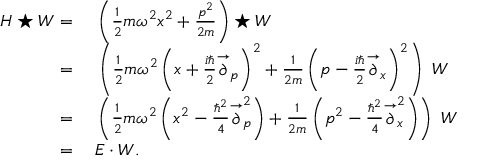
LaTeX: \begin{array} { r l } { H \star W = { } } & { { } \left( { \frac { 1 } { 2 } } m \omega ^ { 2 } x ^ { 2 } + { \frac { p ^ { 2 } } { 2 m } } \right) \star W } \\ { = { } } & { { } \left( { \frac { 1 } { 2 } } m \omega ^ { 2 } \left( x + { \frac { i \hbar } { 2 } } { \stackrel { \rightarrow } { \partial } } _ { p } \right) ^ { 2 } + { \frac { 1 } { 2 m } } \left( p - { \frac { i \hbar } { 2 } } { \stackrel { \rightarrow } { \partial } } _ { x } \right) ^ { 2 } \right) ~ W } \\ { = { } } & { { } \left( { \frac { 1 } { 2 } } m \omega ^ { 2 } \left( x ^ { 2 } - { \frac { \hbar ^ { 2 } } { 4 } } { \stackrel { \rightarrow } { \partial } } _ { p } ^ { 2 } \right) + { \frac { 1 } { 2 m } } \left( p ^ { 2 } - { \frac { \hbar ^ { 2 } } { 4 } } { \stackrel { \rightarrow } { \partial } } _ { x } ^ { 2 } \right) \right) ~ W } \\ { = { } } & { { } E \cdot W . } \end{array}